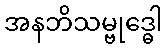
အနဘိသမ္ဗုဒ္ဓေါ